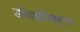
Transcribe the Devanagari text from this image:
अधिकारिकदृष्ट्या